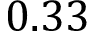
0 . 3 3